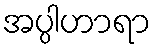
အပ္ပါဟာရာ